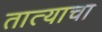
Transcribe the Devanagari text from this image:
तात्याचा